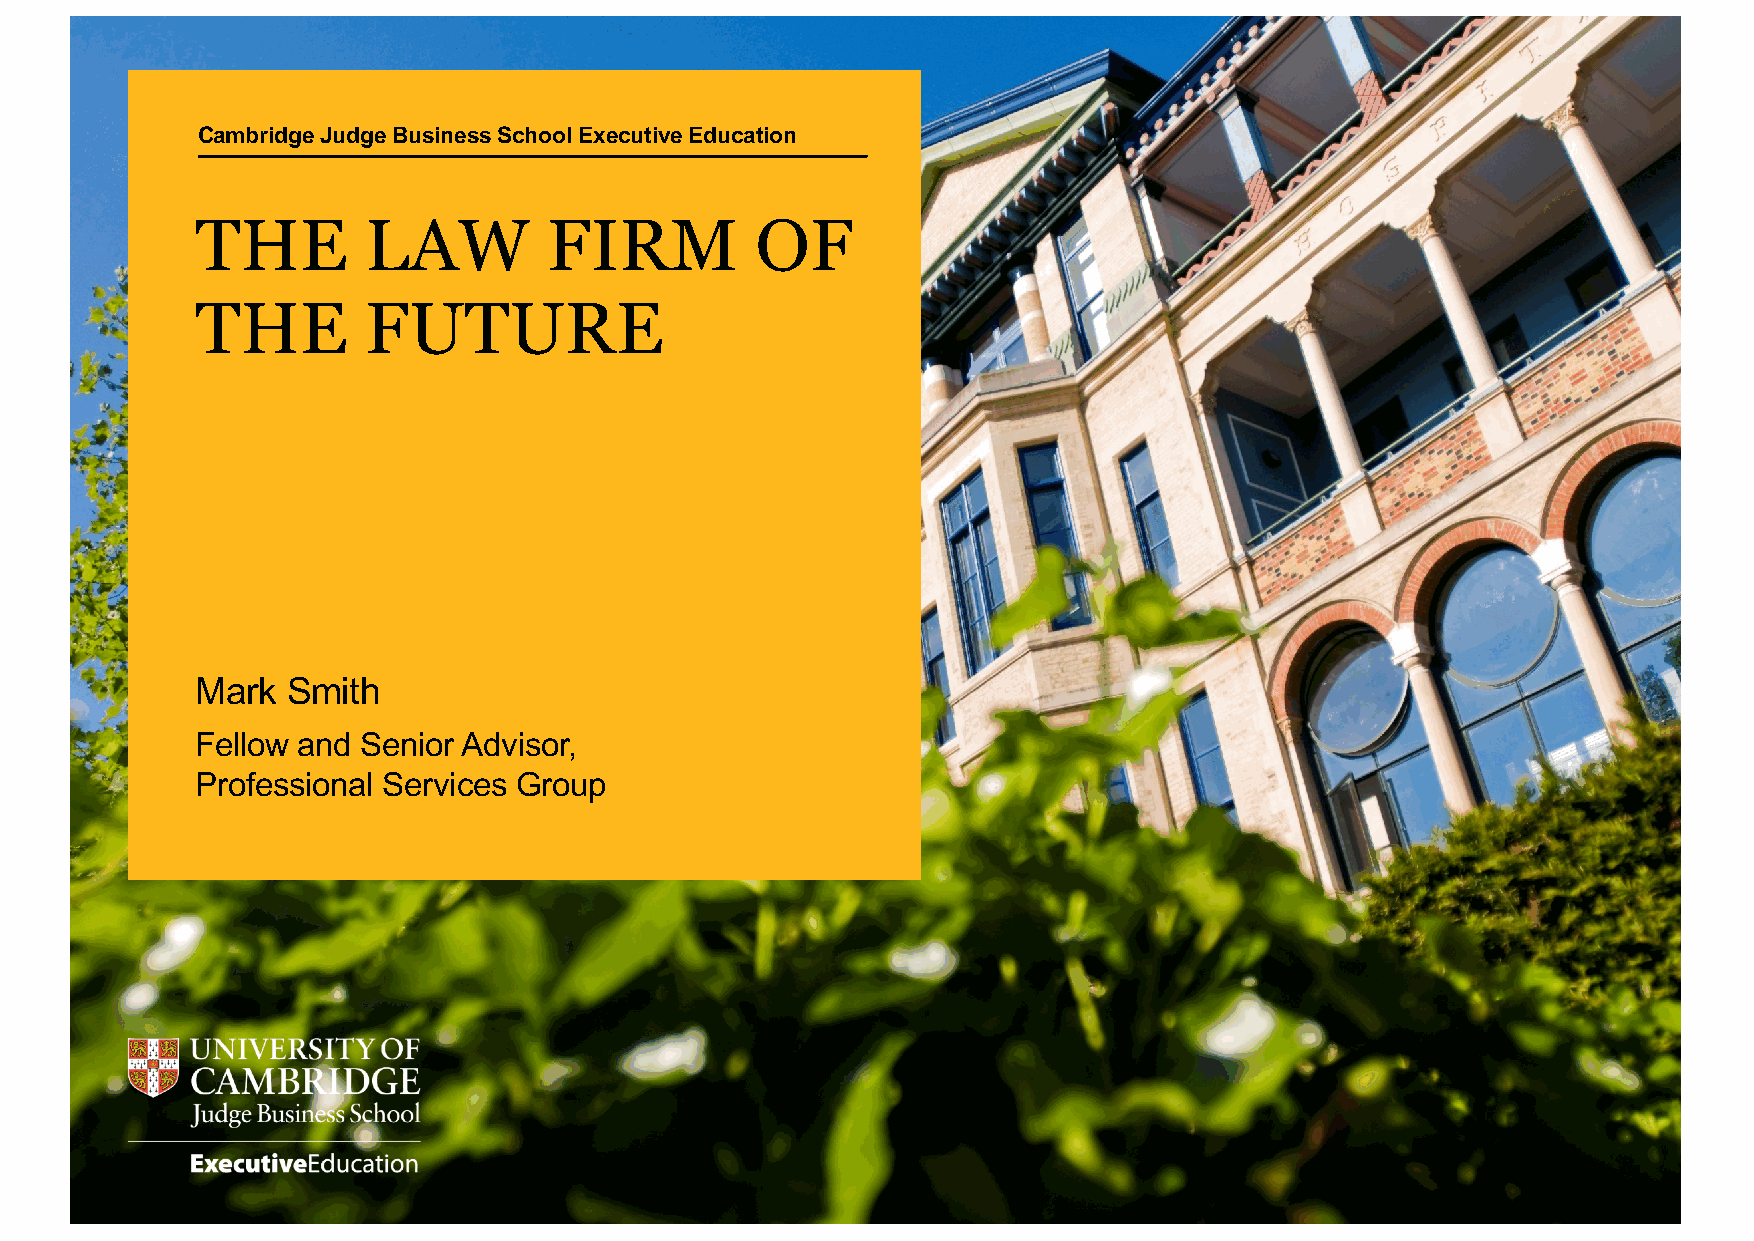
Cambridge Judge Business School Executive Education
 THE        LAW         FIRM          OF
 THE        FUTURE
 Mark  Smith
 Fellow and Senior Advisor,
 Professional Services Group